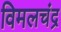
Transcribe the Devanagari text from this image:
विमलचंद्र